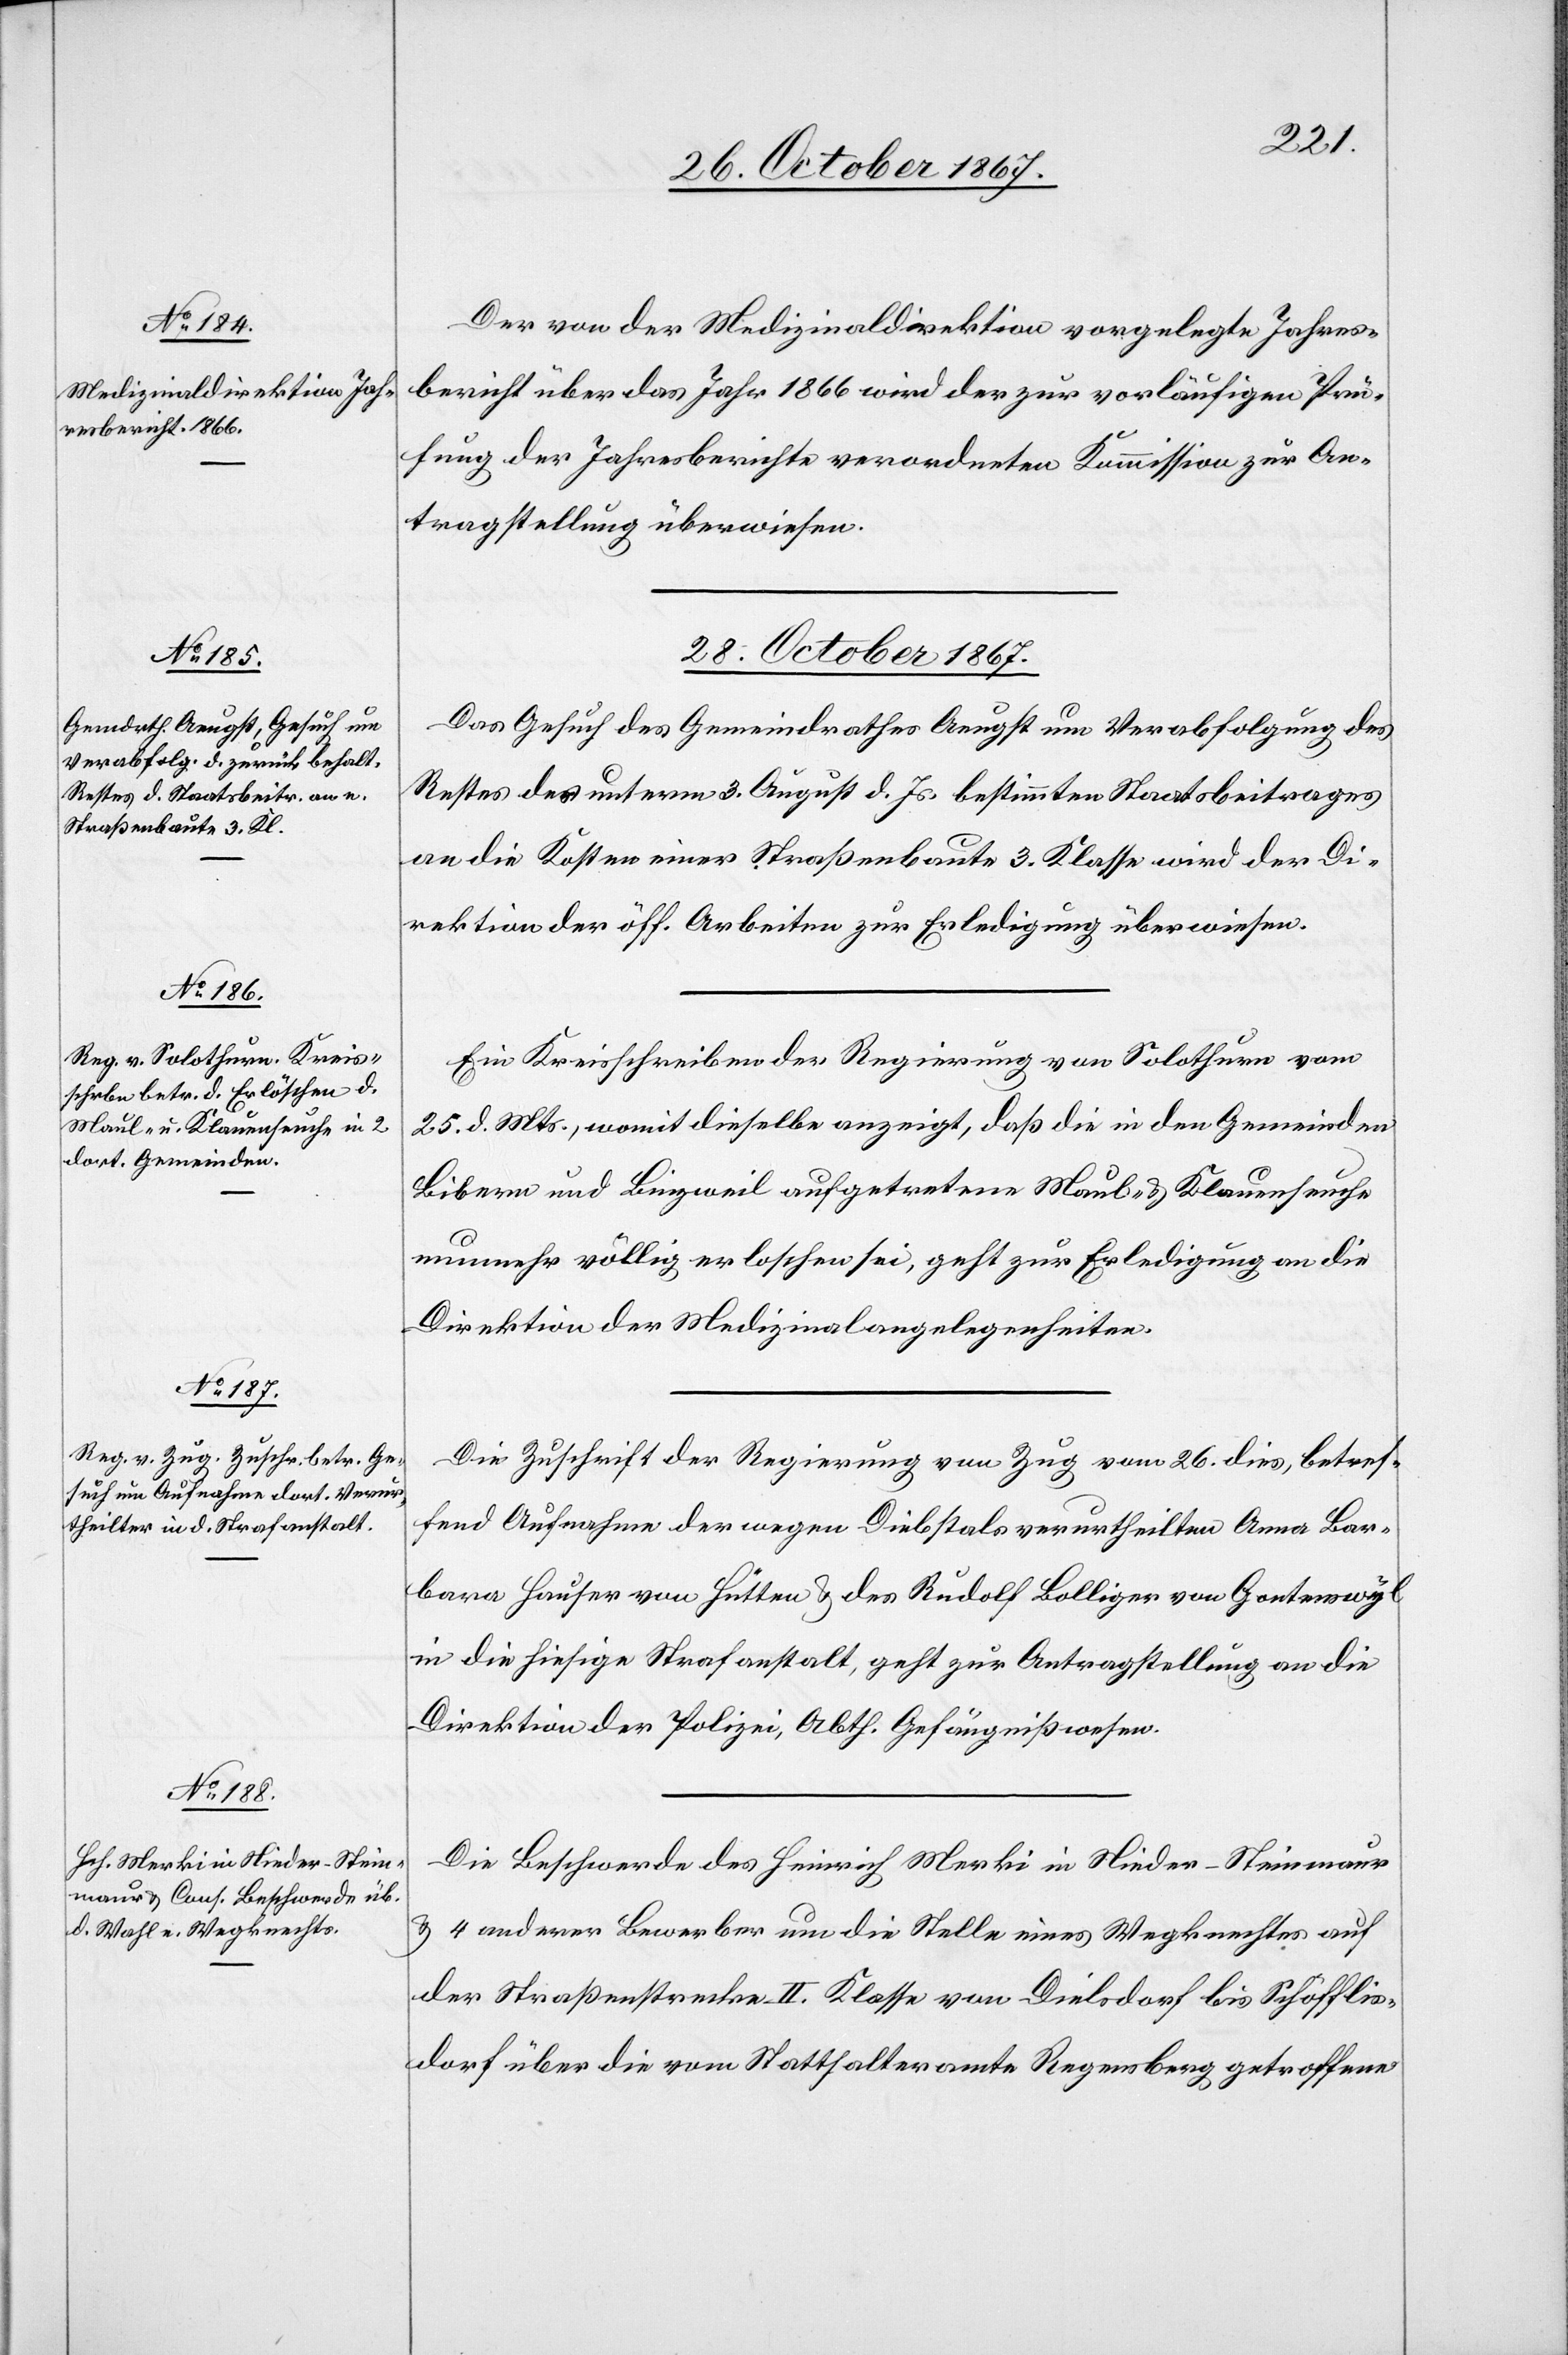
26. October 1867.]
Der von der Medizinaldirektion vorgelegte Jahres¬
bericht über das Jahr 1866 wird der zur vorläufigen Prü¬
fung der Jahresberichte verordneten Kommission zur An¬
tragstellung überwiesen.
28. October 1867.]
Das Gesuch des Gemeindrathes Aeugst um Verabfolgung des
Restes des unterm 3. August d. Js. bestimmten Staatsbeitrages
an die Kosten einer Straßenbaute 3. Klasse wird der Di¬
rektion der öff. Arbeiten zur Erledigung überwiesen.
Ein Kreisschreiben der Regierung von Solothurn vom
25. d. Mts., womit dieselbe anzeigt, daß die in den Gemeinden
Bibern und Linzweil aufgetretene Maul- u. Klauenseuche
nunmehr völlig erloschen sei, geht zur Erledigung an die
Direktion der Medizinalangelegenheiten.
Die Zuschrift der Regierung von Zug vom 26. dies, betref¬
fend Aufnahme der wegen Diebstals verurtheilten Anna Bar¬
bara Hauser von Hütten u. des Rudolf Bolliger von Gortenswyl
in die hiesige Strafanstalt, geht zur Antragstellung an die
Direktion der Polizei, Abth. Gefängnißwesen.
Die Beschwerde des Heinrich Merki in Nieder Steinmaur
u. 4 anderer Bewerber um die Stelle eines Wegknechts auf
der Straßenstrecke II. Klasse von Diesldorf bis Schöfflis¬
dorf über die vom Statthalteramte Regensberg getroffene